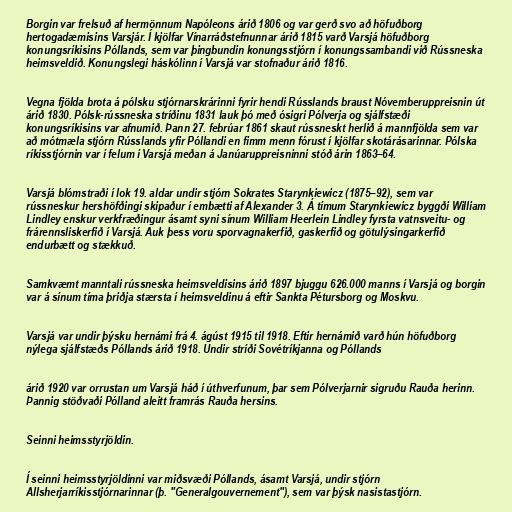
Borgin var frelsuð af hermönnum Napóleons árið 1806 og var gerð svo að höfuðborg
hertogadæmisins Varsjár. Í kjölfar Vínarráðstefnunnar árið 1815 varð Varsjá höfuðborg
konungsríkisins Póllands, sem var þingbundin konungsstjórn í konungssambandi við Rússneska
heimsveldið. Konungslegi háskólinn í Varsjá var stofnaður árið 1816.

Vegna fjölda brota á pólsku stjórnarskrárinni fyrir hendi Rússlands braust Nóvemberuppreisnin út
árið 1830. Pólsk-rússneska stríðinu 1831 lauk þó með ósigri Pólverja og sjálfstæði
konungsríkisins var afnumið. Þann 27. febrúar 1861 skaut rússneskt herlið á mannfjölda sem var
að mótmæla stjórn Rússlands yfir Póllandi en fimm menn fórust í kjölfar skotárásarinnar. Pólska
ríkisstjórnin var í felum í Varsjá meðan á Janúaruppreisninni stóð árin 1863–64.

Varsjá blómstraði í lok 19. aldar undir stjórn Sokrates Starynkiewicz (1875–92), sem var
rússneskur hershöfðingi skipaður í embætti af Alexander 3. Á tímum Starynkiewicz byggði William
Lindley enskur verkfræðingur ásamt syni sínum William Heerlein Lindley fyrsta vatnsveitu- og
frárennsliskerfið í Varsjá. Auk þess voru sporvagnakerfið, gaskerfið og götulýsingarkerfið
endurbætt og stækkuð.

Samkvæmt manntali rússneska heimsveldisins árið 1897 bjuggu 626.000 manns í Varsjá og borgin
var á sínum tíma þriðja stærsta í heimsveldinu á eftir Sankta Pétursborg og Moskvu.

Varsjá var undir þýsku hernámi frá 4. ágúst 1915 til 1918. Eftir hernámið varð hún höfuðborg
nýlega sjálfstæðs Póllands árið 1918. Undir stríði Sovétríkjanna og Póllands

árið 1920 var orrustan um Varsjá háð í úthverfunum, þar sem Pólverjarnir sigruðu Rauða herinn.
Þannig stöðvaði Pólland aleitt framrás Rauða hersins.

Seinni heimsstyrjöldin.

Í seinni heimsstyrjöldinni var miðsvæði Póllands, ásamt Varsjá, undir stjórn
Allsherjarríkisstjórnarinnar (þ. "Generalgouvernement"), sem var þýsk nasistastjórn.